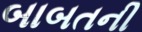
બાબતની